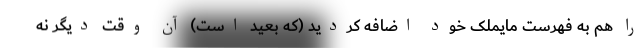
را هم به فهرست مایملک خود اضافه کردید (که بعید است) آن وقت دیگر نه